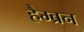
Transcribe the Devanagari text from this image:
हैम्ब्रन